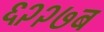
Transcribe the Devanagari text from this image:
६२२७ब